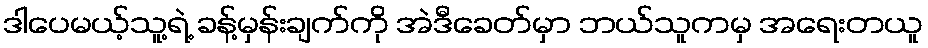
ဒါပေမယ့်သူ့ရဲ့ ခန့်မှန်းချက်ကို အဲဒီခေတ်မှာ ဘယ်သူကမှ အရေးတယူ